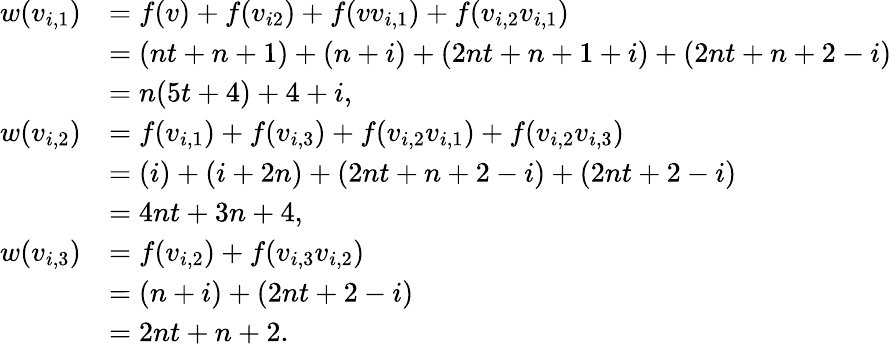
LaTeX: \begin{array}{rl}{w(v_{i,1})}&{=f(v)+f(v_{i2})+f(vv_{i,1})+f(v_{i,2}v_{i,1})}\\ &{=(nt+n+1)+(n+i)+(2nt+n+1+i)+(2nt+n+2-i)}\\ &{=n(5t+4)+4+i,}\\ {w(v_{i,2})}&{=f(v_{i,1})+f(v_{i,3})+f(v_{i,2}v_{i,1})+f(v_{i,2}v_{i,3})}\\ &{=(i)+(i+2n)+(2nt+n+2-i)+(2nt+2-i)}\\ &{=4nt+3n+4,}\\ {w(v_{i,3})}&{=f(v_{i,2})+f(v_{i,3}v_{i,2})}\\ &{=(n+i)+(2nt+2-i)}\\ &{=2nt+n+2.}\end{array}